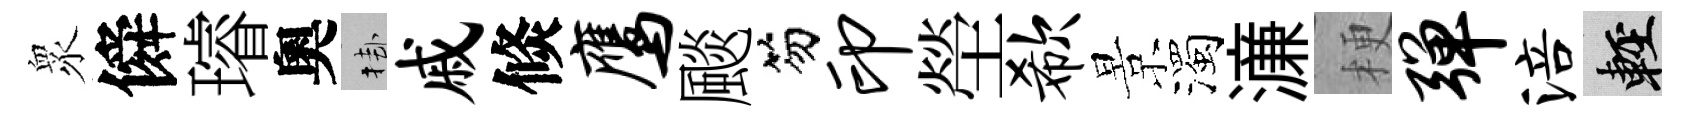
衆僢璿奧挂戚倐鹰颷笏印塋欷景濁濓梗弹涪輕